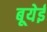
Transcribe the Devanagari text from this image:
बूयेई